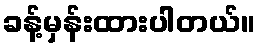
ခန့်မှန်းထားပါတယ်။